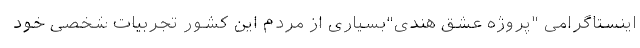
اینستاگرامی "پروژه عشق هندی"بسیاری از مردم این کشور تجربیات شخصی خود